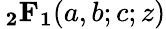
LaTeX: \, \mathbf{_{2}F_{1}}(a,b;c;z)